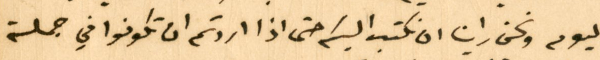
اليوم ونحن راينا ان نكتب اليكم حتى اذا اردتم ان تكونوا في جملة